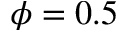
\phi = 0 . 5